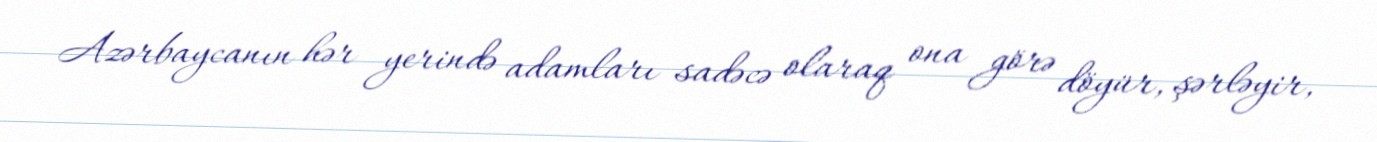
Azərbaycanın hər yerində adamları sadəcə olaraq ona görə döyür, şərləyir,